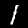
Label: 1